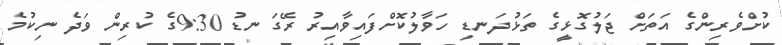
ކުށްވެރިންގެ އަތަށް ޖަލުގޮޅީގެ ތަޅުދަނޑި ހަވާލުކޮށްފައިވާއިރު ރޭގަނޑު 9:30ގެ ކުރިން ވަދެ ނިކުމެ